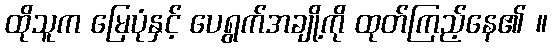
ထိုသူက မြေပုံနှင့် ပေရွက်အချို့ကို ထုတ်ကြည့်နေ၏ ။